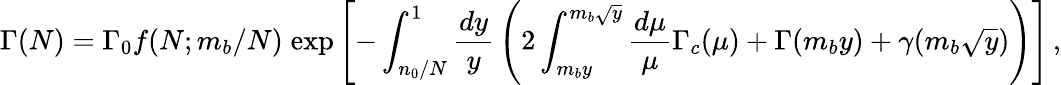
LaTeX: \Gamma(N)=\Gamma_{0}f(N;m_{b}/N)\; \mathrm{exp}\left[-\int_{n_{0}/N}^{1}{\frac{dy}{y}}\left(2\int_{m_{b}y}^{m_{b}\sqrt{y}}{\frac{d\mu}{\mu}}\Gamma_{c}(\mu)+\Gamma(m_{b}y)+\gamma(m_{b}\sqrt{y})\right)\right]\, ,